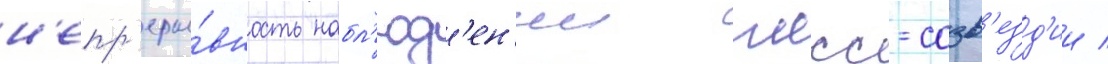
н'епр'еры́вность набл'юд'ен'ии гнсс-созв'езд'ии /